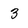
Character: 3